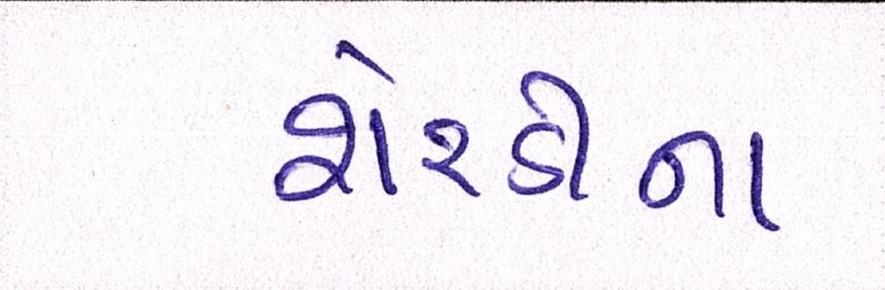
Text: શેરડીના